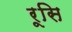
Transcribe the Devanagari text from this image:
रूसि